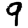
Digit: 9